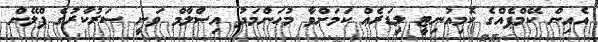
އެއިން ކޭމްޕެއްގެ ކޮމިއުނިޓީ ލީޑަރެއް ކަމަށްވާ މުހަންމަދު އިސްލާމް ވަނީ ސަރުކާރުގެ ޕްލޭން